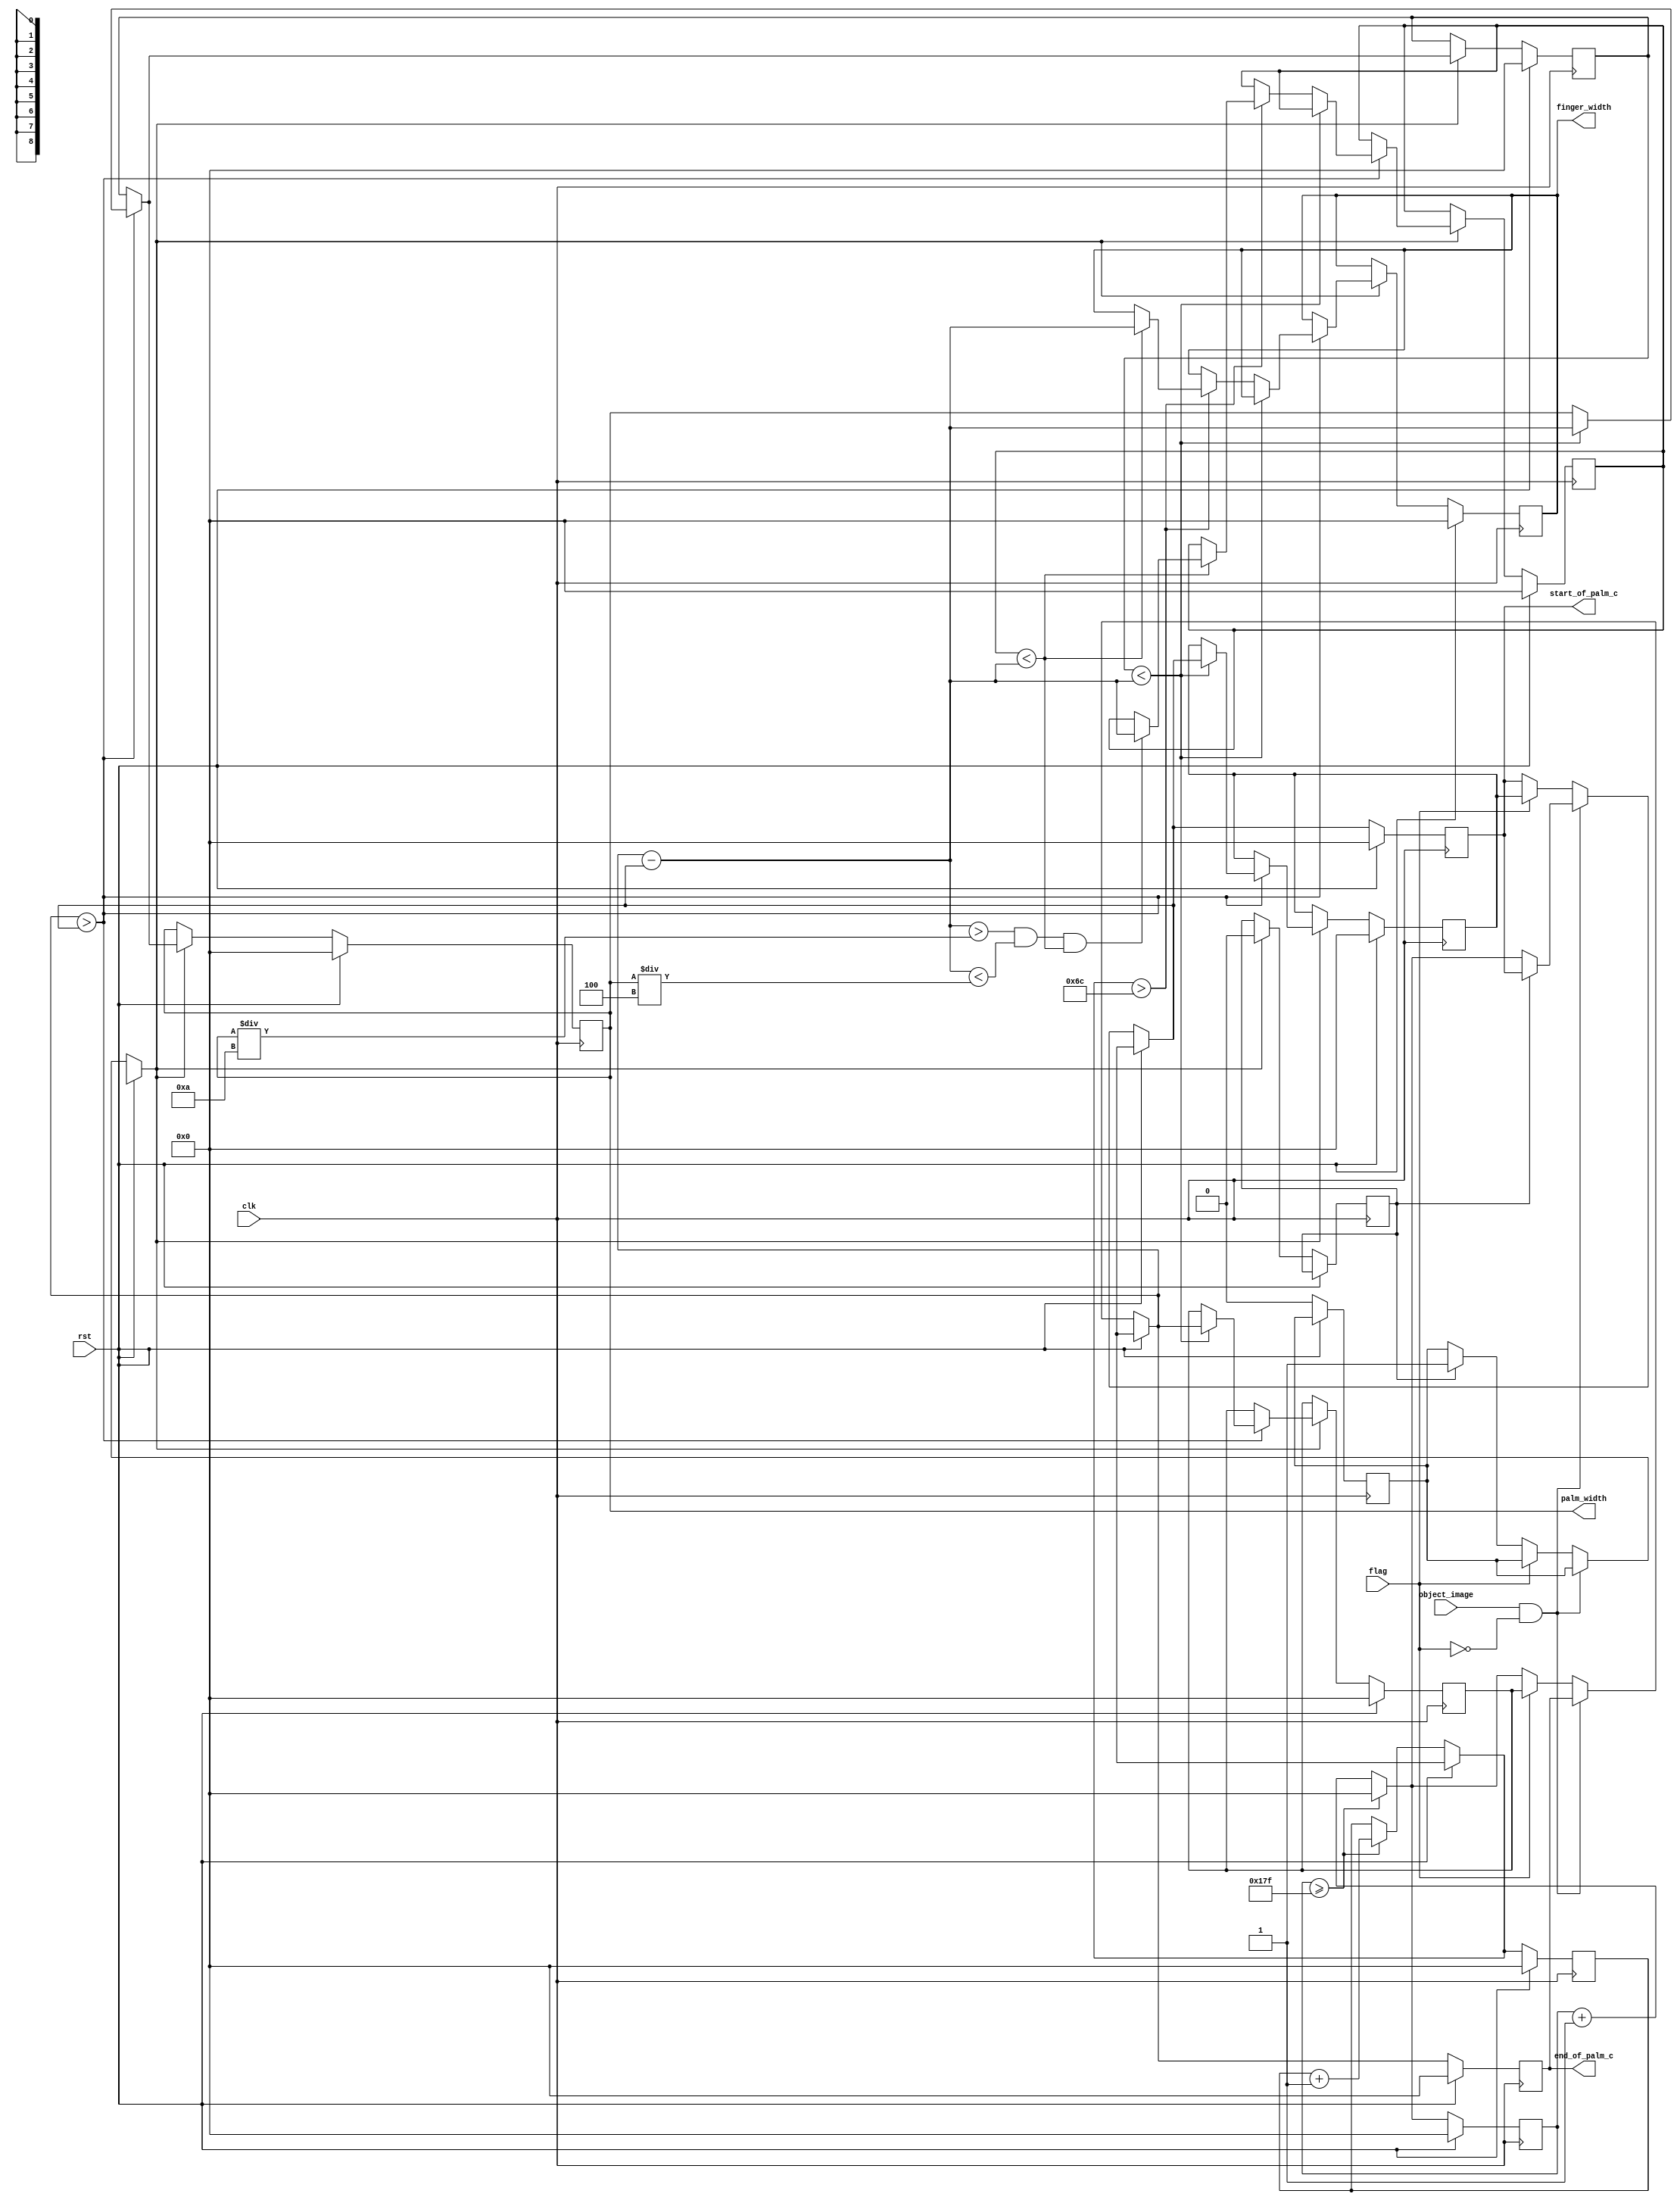
module PalmIdentification(object_image,
			  finger_width,
			  start_of_palm_c,
			  end_of_palm_c,
			  palm_width,
			  flag,			  
			  rst,clk);
  
   input object_image,flag;
   output [8:0]  start_of_palm_c,end_of_palm_c, palm_width,finger_width;
   input 	rst, clk;

   
   reg [8:0] 	 start_of_palm_c,  end_of_palm_c,  palm_width,finger_width;
   // A flag to check if the entire first line is received
   reg 		FOUND_PALM_START=0, FOUND_PALM_END=0;
   // The dimensions of the image
  parameter IMAGE_WIDTH=384;
  parameter IMAGE_HEIGHT=216;
  
   reg [8:0] 	row_count = 0, col_count = 0;
   // flag to indicate 'break out of id mode'
   reg 		INNERBREAK = 0;
   reg [8:0] palm_width_max,start_of_palm_c_max,end_of_palm_c_max,finger_width_max;
   reg [8:0] start_of_palm_r,end_of_palm_r,finger_width_r;
   
   always @(posedge clk) begin
      if (rst) begin
	 start_of_palm_c = 9'b0;
	 end_of_palm_c = 9'b0;
	 col_count = 9'b0;
	 row_count =9'b0;
	 start_of_palm_c_max = 9'b0;
     end_of_palm_c_max = 9'b0;
     palm_width = 9'b0;
     palm_width_max=9'b0;
     finger_width =9'b0;
     finger_width_max=9'b0;
      end

      else begin
	 // Keep track of the image row and columns
	 if(col_count >= IMAGE_WIDTH-1) begin
	    // columns should not exceed image_width
	    col_count = 0;
	    // increment row after 1 scan of column
	    row_count = row_count + 1;
	 end
	 else begin
	    // still in the same column
   	    col_count = col_count + 1;
	 end	
	    // found hand pixel
	    if(object_image && !flag) begin
	       // check if the start of palm has been found
	       if(FOUND_PALM_START == 0) begin
		       // if not mark it as the start of palm
		       FOUND_PALM_START <= 1;
		      // record the row and column values
		      start_of_palm_c <= col_count;
	       end // if(FOUND_PALM_START)
	       else FOUND_PALM_START <= 1;
	     end
	    else if(!flag)begin //if object_image==0	            
		        end_of_palm_c = col_count;
		        // Mark that the end of palm has been found
		        if(FOUND_PALM_START ==1)FOUND_PALM_END = 1;
	       end 
        else begin
            end_of_palm_c= end_of_palm_c_max;
            start_of_palm_c=start_of_palm_c_max;
        end
 /*    end // else: !if(rst)
end // always @ (posedge clk)	       
           
           
always@(posedge FOUND_PALM_END or posedge rst)begin
if(rst)begin
        start_of_palm_c_max <= 9'b0;
        end_of_palm_c_max <= 9'b0;
        palm_width <= 9'b0;
        palm_width_max<=9'b0;
        finger_width <=9'b0;
        finger_width_max<=9'b0;
end
else begin*/
if(FOUND_PALM_END==1)begin
    if(end_of_palm_c >start_of_palm_c)
        begin
            if(palm_width_max < (end_of_palm_c - start_of_palm_c))  begin
             palm_width = end_of_palm_c - start_of_palm_c;
             end_of_palm_c_max = end_of_palm_c ;
             start_of_palm_c_max=start_of_palm_c;
             end
            else if(row_count>IMAGE_HEIGHT/2)begin
                        if(finger_width_max < (end_of_palm_c - start_of_palm_c) )  begin
                        finger_width = end_of_palm_c - start_of_palm_c;
                        if(finger_width>palm_width/10 && finger_width < palm_width/4 && finger_width_max<finger_width) finger_width_max = finger_width;
                        else finger_width_max=finger_width_max;
                        end
            end
        end
    else 
        palm_width =palm_width_max;
    palm_width_max =palm_width;
		  if (palm_width > IMAGE_WIDTH/5) begin
		     // Stop accepting the incoming pixels
		     INNERBREAK <= 1;
		   	
        end
          FOUND_PALM_START  = 0;
          FOUND_PALM_END = 0;
end	
end
end
endmodule // PalmIdentification